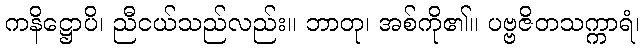
ကနိဋ္ဌောပိ၊ ညီငယ်သည်လည်း။ ဘာတု၊ အစ်ကို၏။ ပဗ္ဗဇိတသက္ကာရံ၊